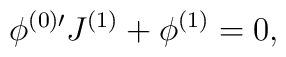
\phi^{(0)\prime}J^{(1)}+\phi^{(1)}=0,\\